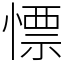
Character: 慓